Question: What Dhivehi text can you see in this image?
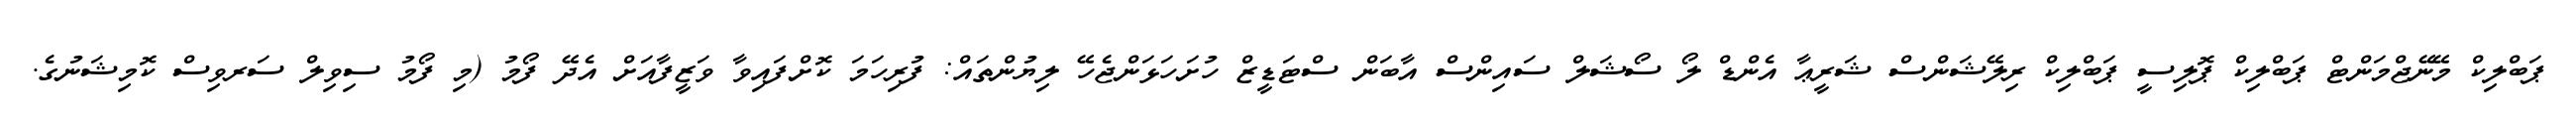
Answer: ޕަބްލިކް މޭނޭޖްމަންޓް ޕަބްލިކް ޕޮލިސީ ޕަބްލިކް ރިލޭޝަންސް ޝަރީޢާ އެންޑް ލޯ ސޯޝަލް ސައިންސް އާބަން ސްޓަޑީޒް ހުށަހަޅަންޖެހޭ ލިޔުންތައް: ފުރިހަމަ ކޮށްފައިވާ ވަޒީފާއަށް އެދޭ ފޯމު (މި ފޯމު ސިވިލް ސަރވިސް ކޮމިޝަނުގެ.